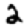
Digit: 2